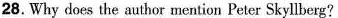
28.Why does the author mention Peter Skyllberg?